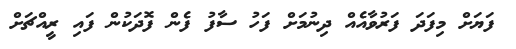
ފަޔަށް މިފަދަ ފަރުވާއެއް ދިނުމަށް ފަހު ސާފު ފެން ފޮދަކުން ފައި ރީއްޗަށް